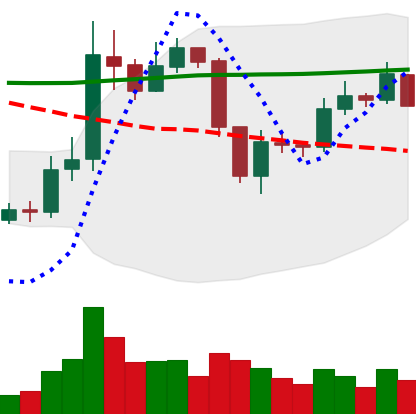
Ticker: ETC-USD
Chart end date: 2019-09-06
Forward return: -5.597%
Label: down_5_7